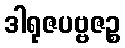
ဒါရုဇပဗ္ဗဇဉ္စ